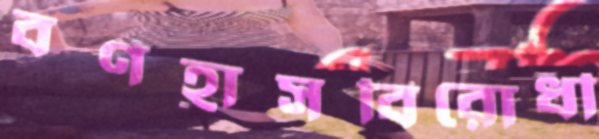
বর্ণহ্রাসবিরোধী